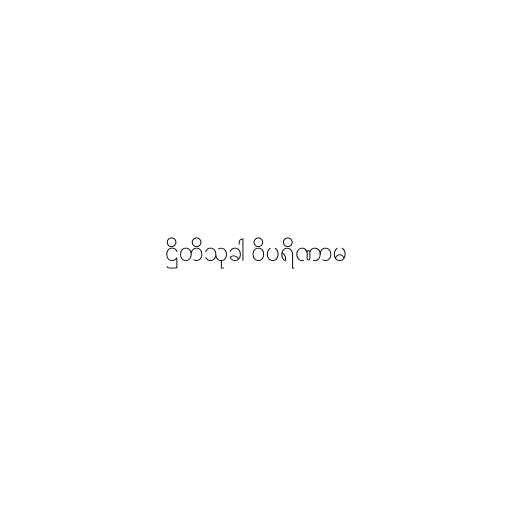
ဌိတိသုခါ ဝိပရိဏာမ